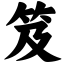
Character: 笈